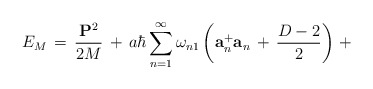
\begin{align*}E_{M}\,=\,\frac{{\bf P}^2}{2M}\,+\,a\hbar\sum_{n=1}^{\infty}\omega_{n1}\left({\bf a}^{+}_{n}{\bf a}_n\,+\,\frac{D-2}{2}\right)\,+\end{align*}